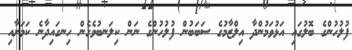
ފުލުހުންގެ ބޮލުގައި އަޅުވަމުންދާ އިލްޒާމުގެ ސަބަބުން ފުލުހުންގެ ނަން ކިލަނބުވެގެން ހިނގައިދާނެ ކަމަށާއި